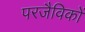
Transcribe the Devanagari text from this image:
परजैविकों